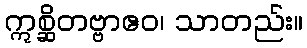
ဣစ္ဆိတဗ္ဗာဧဝ၊ သာတည်း။